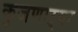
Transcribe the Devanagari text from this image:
कुजणाऱ्या